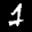
Label: 1